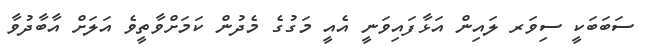
ސަބަބަކީ ސިވަރ ލައިން އަޅާފައިވަނީ އެއީ މަގުގެ މެދުން ކަމަށްވާތީވެ އަލަށް އާބާދުވާ